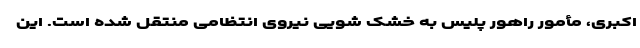
اکبری، مأمور راهور پلیس به خشک شویی نیروی انتظامی منتقل شده است. این